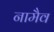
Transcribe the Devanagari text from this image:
नामैव